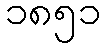
၁၈၅၁